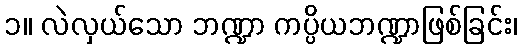
၁။ လဲလှယ်သော ဘဏ္ဍာ ကပ္ပိယဘဏ္ဍာဖြစ်ခြင်း၊